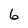
Character: 6